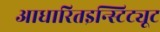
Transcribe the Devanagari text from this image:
आधारितइन्स्टिट्यूट